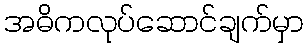
အဓိကလုပ်ဆောင်ချက်မှာ